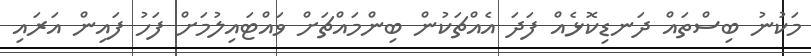
މަކުނު ބިސްތައް ދަނޑިކޮޅެއް ފަދަ އެއްޗަކުން ބިންމައްޗަށް ވައްޓައިލުމަށް ފަހު ފައިން އަރައި